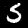
Digit: 5